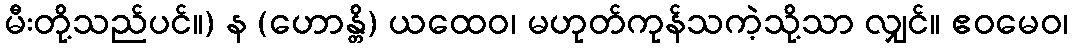
မီးတို့သည်ပင်။) န (ဟောန္တိ) ယထေဝ၊ မဟုတ်ကုန်သကဲ့သို့သာ လျှင်။ ဧဝမေဝ၊